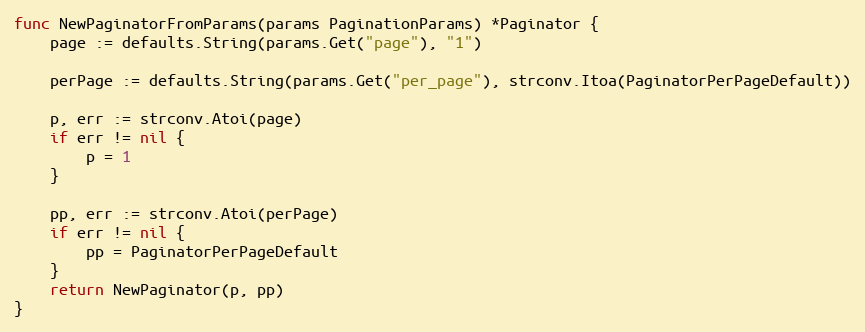
Language: Go
func NewPaginatorFromParams(params PaginationParams) *Paginator {
	page := defaults.String(params.Get("page"), "1")

	perPage := defaults.String(params.Get("per_page"), strconv.Itoa(PaginatorPerPageDefault))

	p, err := strconv.Atoi(page)
	if err != nil {
		p = 1
	}

	pp, err := strconv.Atoi(perPage)
	if err != nil {
		pp = PaginatorPerPageDefault
	}
	return NewPaginator(p, pp)
}